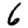
Digit: 6